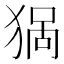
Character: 𱮈